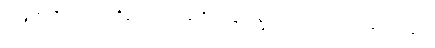
ဤမျှအတိုင်းအရှည်ရှိသော “ပါသာဒိကေန သမ္မာဒေတု” ဟူသော စကားဖြင့်။